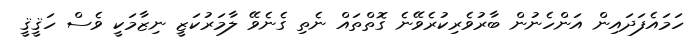
ހަމައެފަދައިން އަންހެނުން ބާރުވެރިކުރެވޭނެ ގޮތްތައް ނެތި ގެނެވޭ ލާމަރުކަޒީ ނިޒާމަކީ ވެސް ހަޤީޤީ